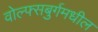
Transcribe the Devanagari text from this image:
वोल्फ्सबुर्गमधील